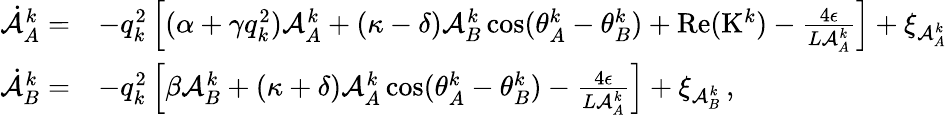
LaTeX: \begin{array}{rl}{\dot{\mathcal{A}}_{A}^{k}=}&{-q_{k}^{2}\left[(\alpha+\gamma q_{k}^{2})\mathcal{A}_{A}^{k}+(\kappa-\delta)\mathcal{A}_{B}^{k}\cos(\theta_{A}^{k}-\theta_{B}^{k})+\mathrm{Re}(\mathrm{K}^{k})-\frac{4\epsilon}{L\mathcal{A}_{A}^{k}}\right]+\xi_{\mathcal{A}_{A}^{k}}}\\ {\dot{\mathcal{A}}_{B}^{k}=}&{-q_{k}^{2}\left[\beta\mathcal{A}_{B}^{k}+(\kappa+\delta)\mathcal{A}_{A}^{k}\cos(\theta_{A}^{k}-\theta_{B}^{k})-\frac{4\epsilon}{L\mathcal{A}_{A}^{k}}\right]+\xi_{\mathcal{A}_{B}^{k}}\, ,}\end{array}